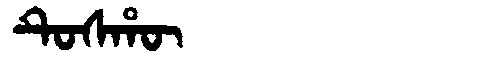
Manchu: ᡨᡠᠰᡥᡡ
Romanization: TUSHŪ